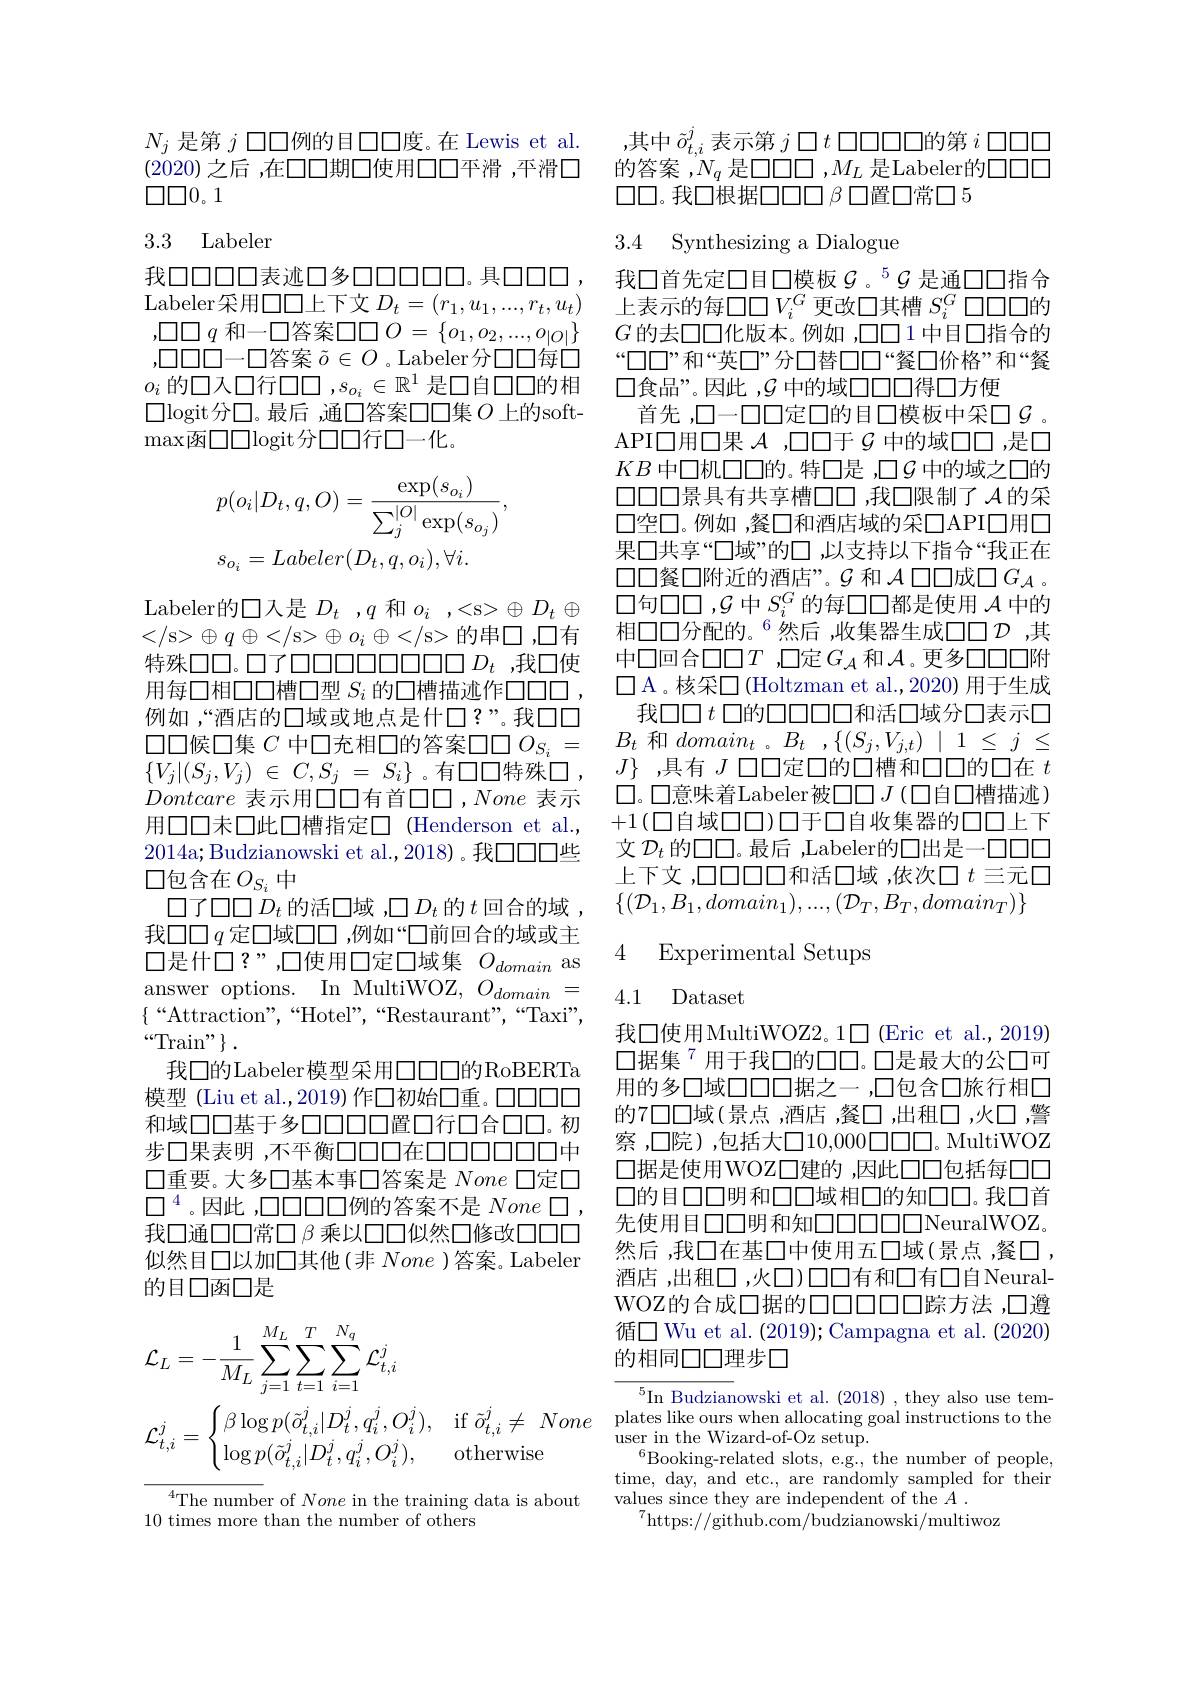
$N_{j}$是第$j$口口例的目口口度。在 Lewis et al. (2020)之后 ,在口口期口使用口口平滑 ,平滑口$\square\square0。1$

## 3.3 Labeler

我口口口口00表迹口多口口口口口口。具口口口，我口首先定口目口模板$\mathcal{G}$。5$\mathcal{G}$ 是通口口指合Labeler采用口口上下文$D_t= ( r_1, u_1, . . . , r_t, u_t)$ 上表示的每$\square\square V_i^G$ 更改口其槽 $S_i^G\square\square\square$的,口口$q$和一口答案$\square \square O= \{ o_1, o_2, . . . , o_{| O| }\}$ $G$的去口口化版本。例如 ,$\square\square1$中目口指合的,口口口一口答案$\tilde{o}\in O$ 。Labeler分口口每口 “口口”和“英口”分口替口口“餐口价格”和“餐$o_i$的口人口行口口$,s_o_i\in\mathbb{R}^1$是口自口口的相 口食品”。因此$\mathcal{G}$中的域口口口得口方便
$\square$logit分口。最后，通口答案口口集$O$上的soft-
$\operatorname*{max}\overline{\text{函口口}}$logit分口口行口一化。
$$p(o_{i}|D_{t},q,O)=\frac{\exp(s_{o_{i}})}{\sum_{j}^{|O|}\exp(s_{o_{j}})},\\s_{o_{i}}=Labeler(D_{t},q,o_{i}),\forall i.$$
Labeler的口入是$D_t$ ,$q$和$o_i$ ,
$\oplus D_t\oplus$
$\oplus q\oplus</$s>$\oplus o_i\oplus</$s> 的串口 ,口有例如，“酒店的口域或地点是什口？”。我口口口口候口集 $C$ 中口充相口的答案口口$O_{S_i}=$ $\{ V_j| ( S_j, V_j)$ $\in$ $C, S_j$ = $S_i\}$ 。有口口特殊口 , Dontcare表示用口口有首口口，None表示用口口未口此口槽指定口 (Henderson et al., 2014a;Budzianowski et al.,2018)。我口口口些口包含在$O_{S_i}$中
$\square$了$\square\square D_t$ 的活口域 ,$\square D_t$ 的 $t$ 回合的域 , 我口口$q$ 定口域口口 ,例如“口前回合的域或主口是什□?”,口使用口定口域集$O_{domain}$ as answer options. In MultiWOZ, $O_domain=$ $\{“$Attraction",“Hotel”,“Restaurant",“Taxi", $“$Train" $\}$ .
我口的Labeler模型采用口口口的RoBERTa 模型 (Liu et al.,2019) 作口初始口重。口口口口和域口口基于多口口口置口行口合口口。初步口果表明，不平衡口口口在口口口口口口中口重要。大多口基本事口答案是 None 口定口$\square^{4}$。因此 ,口口口口口例的答案不是$None\square$, 我口通口口常口$\beta$乘以口口似然口修改口口口似然目口以加口其他(非None )答案。Labeler 的目口函口是
$$\begin{aligned}&\mathcal{L}_{L}=-\frac{1}{M_{L}}\sum_{j=1}^{M_{L}}\sum_{t=1}^{T}\sum_{i=1}^{N_{q}}\mathcal{L}_{t,i}^{j}\\&\mathcal{L}_{t,i}^{j}=\begin{cases}\beta\log p(\tilde{o}_{t,i}^j|D_t^j,q_i^j,O_i^j),&\text{if }\tilde{o}_{t,i}^j\neq\:None\\\log p(\tilde{o}_{t,i}^j|D_t^j,q_i^j,O_i^j),&\text{otherwise}\end{cases}\end{aligned}$$
$^{4}$The number of None in the training data is about
10 times more than the number of others

,其中$\tilde{o}_{t,i}^{j}$表示第$j\square t\square\square\square\square$的第$i\square\square\square\square$ 的答案，$N_q$是口口口 ,$M_L$是Labeler的口口口$\square\square$。我口根据$\square\square\square\square\beta\square$置口常口5

3.4 Synthesizing a Dialogue

首先 ,口一口口定口的目口模板中采口$\mathcal{G}$ 。API口用口果$\mathcal{A}$ ,口口于$\mathcal{G}$中的域口口 ,是口$KB$ 中口机口口的。特口是 ,口$\mathcal{G}$ 中的域之口的$\square\square\square\square$景具有共享槽口口，我口限制了$\mathcal{A}$的采口空口。例如 ,餐口和酒店域的采口API口用口果口共享“口域”的口，以支持以下指合“我正在$\square\square 餐\square$附近的酒店”。$\mathcal{G}$ 和 $\mathcal{A}\square\square$成口 $G_{\mathcal{A}}$ 。口句口口，$\mathcal{G}$中$S_i^G$的每口口都是使用 $\mathcal{A}$ 中的相口口分配的。$^{6}$然后，收集器生成口口$\mathcal{D}$ ,其
特殊口口。口了口口口口口口口口口口口 $D_t$ ,我口使 中口回合口口$T$ ,口定$G_A$ 和$\mathcal{A}$。更多口口口附用每口相口口槽口型$S_i$的口槽描迹作口口口口，口A。核采口(Holtzman et al.2020)用于生成
我口口$t$ 口的口口口口口和活口域分口表示口$B_t$和$domain_t$ 。$B_t$ ,$\{(S_j,V_{j,t})\mid1\leq j\leq$ $J\}$ ,具有$J$口口定口的口槽和口口的口在$t$ $\square$。口意味着Labeler被$\square\square J\left(\square\text{自口槽描迹}\right)$ $+1\left(\square\text{自域口口)口于口自收集器的口口上下}\right)$ 文$\mathcal{D}_t$的口口。最后 ,Labeler的口出是一口口口上下文，口口口口口和活口域 ,依次口$t$三元口$\{(\mathcal{D}_1,B_1,domain_1),...,(\mathcal{D}_T,B_T,domain_T)\}$

4 Experimental Setups

4.1 Dataset

我口使用MultiWOZ2。1□(Eric et al.,2019) 口据集$^{7}$用于我口的口口。口是最大的公口可用的多口域口口口据之一，口包含口旅行相口的7日口域(景点，酒店，餐$\square,出租口，火口，警$ 察，口院),包括大口10，000$\square\square\square。MultiWOZ$ 口据是使用WOZ□建的 ,因此口口包括每口口口的目口口明和口口域相口的知口口。我口首先使用目口口明和知口口口口口NeuralWOZ。然后，我口在基口中使用五口域(景点，餐$\square$, 酒店，出租口，火口)口口有和口有$\square 自Neural-$ WOZ的合成口据的口口口口口踪方法，口遵循□Wu et al.(2019);Campagna et al.(2020) 的相同口口理步口

$^{5}$In Budzianowski et al. (2018), they also use templates like ours when allocating goal instructions to the $\operatorname*{user~in~the~Wizard-of-Oz~setup.}$
$^{6}$Booking-related slots, e.g., the number of people, time, day, and etc., are randomly sampled for their values since they are independent of the $A.$
$^{7}$https://github.com/budzianowski/multiwoz